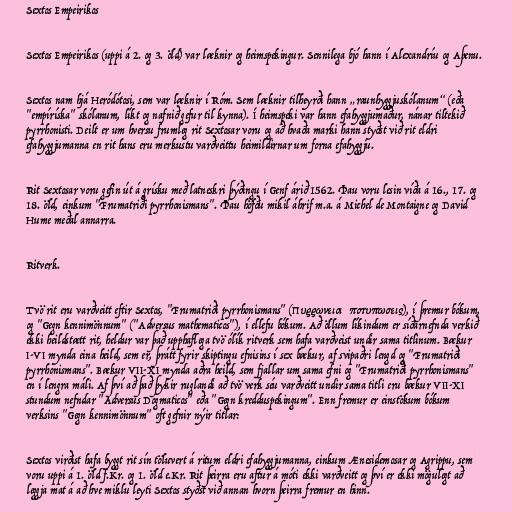
Sextos Empeirikos

Sextos Empeirikos (uppi á 2. og 3. öld) var læknir og heimspekingur. Sennilega bjó hann í Alexandríu og Aþenu.

Sextos nam hjá Heródótosi, sem var læknir í Róm. Sem læknir tilheyrði hann „raunhyggjuskólanum“ (eða
"empíríska" skólanum, líkt og nafnið gefur til kynna). Í heimspeki var hann efahyggjumaður, nánar tiltekið
pyrrhonisti. Deilt er um hversu frumleg rit Sextosar voru og að hvaða marki hann styðst við rit eldri
efahyggjumanna en rit hans eru merkustu varðveittu heimildirnar um forna efahyggju.

Rit Sextosar voru gefin út á grísku með latneskri þýðingu í Genf árið 1562. Þau voru lesin víða á 16., 17. og
18. öld, einkum "Frumatriði pyrrhonismans". Þau höfðu mikil áhrif m.a. á Michel de Montaigne og David
Hume meðal annarra.

Ritverk.

Tvö rit eru varðveitt eftir Sextos, "Frumatriði pyrrhonismans" (Πυρρωνειοι ὑποτυπωσεις), í þremur bókum,
og "Gegn kennimönnum" ("Adversus mathematicos"), í ellefu bókum. Að öllum líkindum er síðarnefnda verkið
ekki heildstætt rit, heldur var það upphaflega tvö ólík ritverk sem hafa varðveist undir sama titlinum. Bækur
I-VI mynda eina heild, sem er, þrátt fyrir skiptingu efnisins í sex bækur, af svipaðri lengd og "Frumatriði
pyrrhonismans". Bækur VII-XI mynda aðra heild, sem fjallar um sama efni og "Frumatriði pyrrhonismans"
en í lengra máli. Af því að það þykir ruglandi að tvö verk séu varðveitt undir sama titli eru bækur VII-XI
stundum nefndar "Adversus Dogmaticos" eða "Gegn kredduspekingum". Enn fremur er einstökum bókum
verksins "Gegn kennimönnum" oft gefnir nýir titlar:

Sextos virðist hafa byggt rit sín töluvert á ritum eldri efahyggjumanna, einkum Ænesidemosar og Agrippu, sem
voru uppi á 1. öld f.Kr. og 1. öld e.Kr. Rit þeirra eru aftur á móti ekki varðveitt og því er ekki mögulegt að
leggja mat á að hve miklu leyti Sextos styðst við annan hvorn þeirra fremur en hinn.